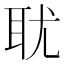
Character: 𰭴